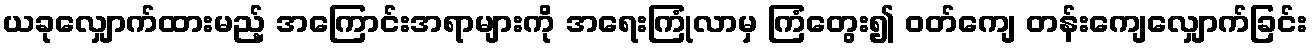
ယခုလျှောက်ထားမည့် အကြောင်းအရာများကို အရေးကြုံလာမှ ကြံတွေး၍ ဝတ်ကျေ တန်းကျေလျှောက်ခြင်း